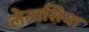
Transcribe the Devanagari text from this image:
लेनासिया